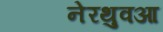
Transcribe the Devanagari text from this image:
नेरथुवआ